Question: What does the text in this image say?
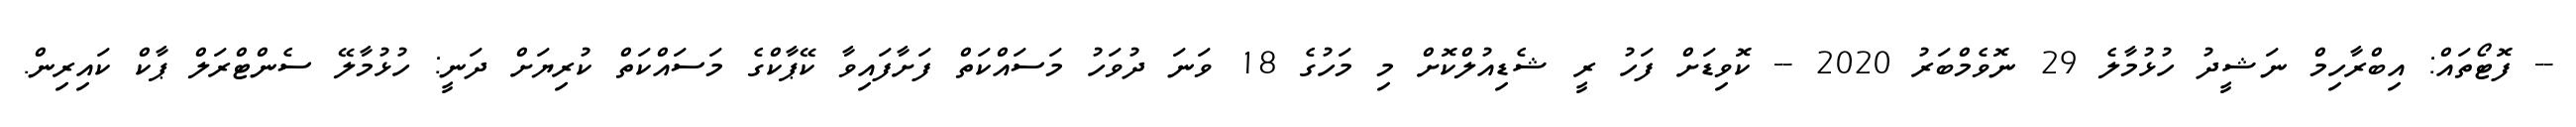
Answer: -- ފޮޓޯތައް: އިބްރާހިމް ނަޝީދު ހުޅުމާލެ 29 ނޮވެމްބަރު 2020 -- ކޮވިޑަށް ފަހު ރީ ޝެޑިއުލްކޮށް މި މަހުގެ 18 ވަނަ ދުވަހު މަސައްކަތް ފަށާފައިވާ ކޭޕާކްގެ މަސައްކަތް ކުރިޔަށް ދަނީ: ހުޅުމާލޭ ސެންޓްރަލް ޕާކް ކައިރިން.